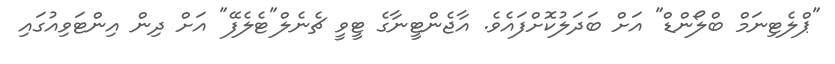
"ޕްލެޓިނަމް ބްލޯންޑް" އަށް ބަދަލުކޮށްފައެވެ. އާޖެންޓީނާގެ ޓީވީ ޗެނެލް"ޓެލެފޭ" އަށް ދިން އިންޓަވިއުގައި